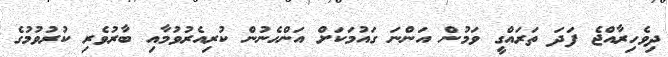
ދިވެހިރާއްޖެ ފަދަ ތަރައްގީ ވަމުން އަންނަ ގައުމަކަށް އަންހެނުން ކުރިއެރުވުމާއި ބާރުވެރި ކުރުވުމުގެ